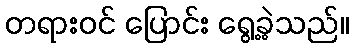
တရားဝင် ပြောင်း ရွေ့ခဲ့သည်။